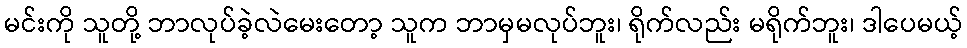
မင်းကို သူတို့ ဘာလုပ်ခဲ့လဲမေးတော့ သူက ဘာမှမလုပ်ဘူး၊ ရိုက်လည်း မရိုက်ဘူး၊ ဒါပေမယ့်